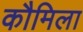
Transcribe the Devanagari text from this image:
कौमिला